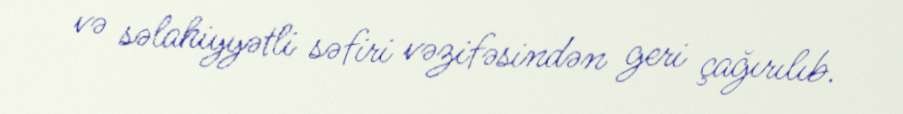
və səlahiyyətli səfiri vəzifəsindən geri çağırılıb.